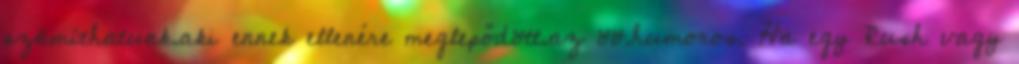
számí­thatunk.aki ennek ellenére meglepődött.az öö.humoros. Ha egy Rush vagy